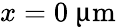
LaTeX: x=0~{\upmu\mathrm{m}}